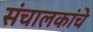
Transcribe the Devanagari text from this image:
संचालकांचे